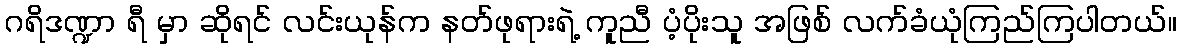
ဂရိဒဏ္ဍာ ရီ မှာ ဆိုရင် လင်းယုန်က နတ်ဖုရားရဲ့ ကူညီ ပံ့ပိုးသူ အဖြစ် လက်ခံယုံကြည်ကြပါတယ်။